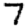
Digit: 7